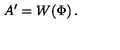
A ^ { \prime } = W \! \left( \Phi \right) .